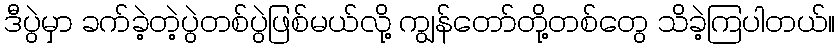
ဒီပွဲမှာ ခက်ခဲ့တဲ့ပွဲတစ်ပွဲဖြစ်မယ်လို့ ကျွန်တော်တို့တစ်တွေ သိခဲ့ကြပါတယ်။